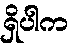
ရှိပါက